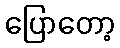
ပြောတော့